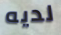
لديه